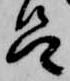
呂